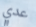
عدي